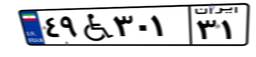
۵۲W۶۵۰۲۸